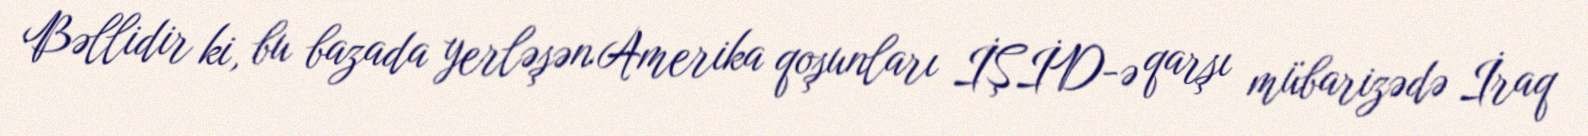
Bəllidir ki, bu bazada yerləşən Amerika qoşunları İŞİD-ə qarşı mübarizədə İraq